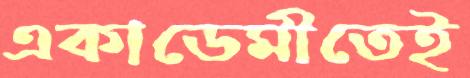
একাডেমীতেই